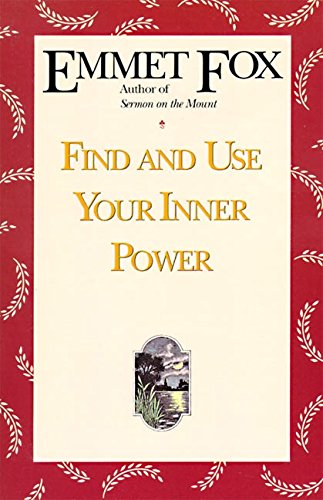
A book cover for Find and Use Your Inner Power; Emmet Fox; Christian Books & Bibles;